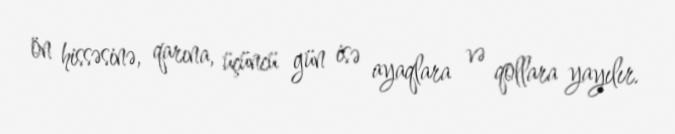
ön hissəsinə, qarına, üçüncü gün isə ayaqlara və qollara yayılır.